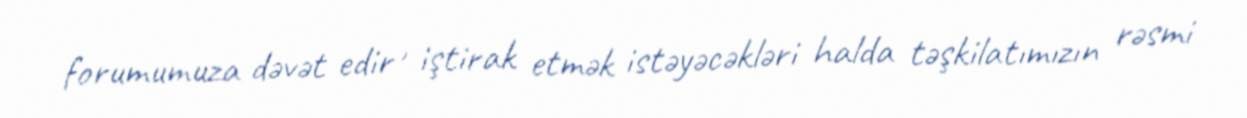
forumumuza dəvət edir , iştirak etmək istəyəcəkləri halda təşkilatımızın rəsmi